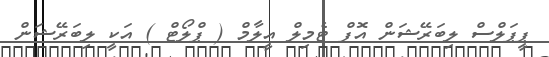
ޕީޕަލްސް ލިބަރޭޝަން އޮފް ޓެމިލް އީލާމް ( ޕްލޯޓް ) އަކީ ލިބަރޭޝަން